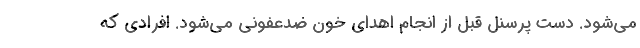
می‌شود. دست پرسنل قبل از انجام اهدای خون ضدعفونی می‌شود. افرادی که